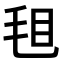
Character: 𣭒